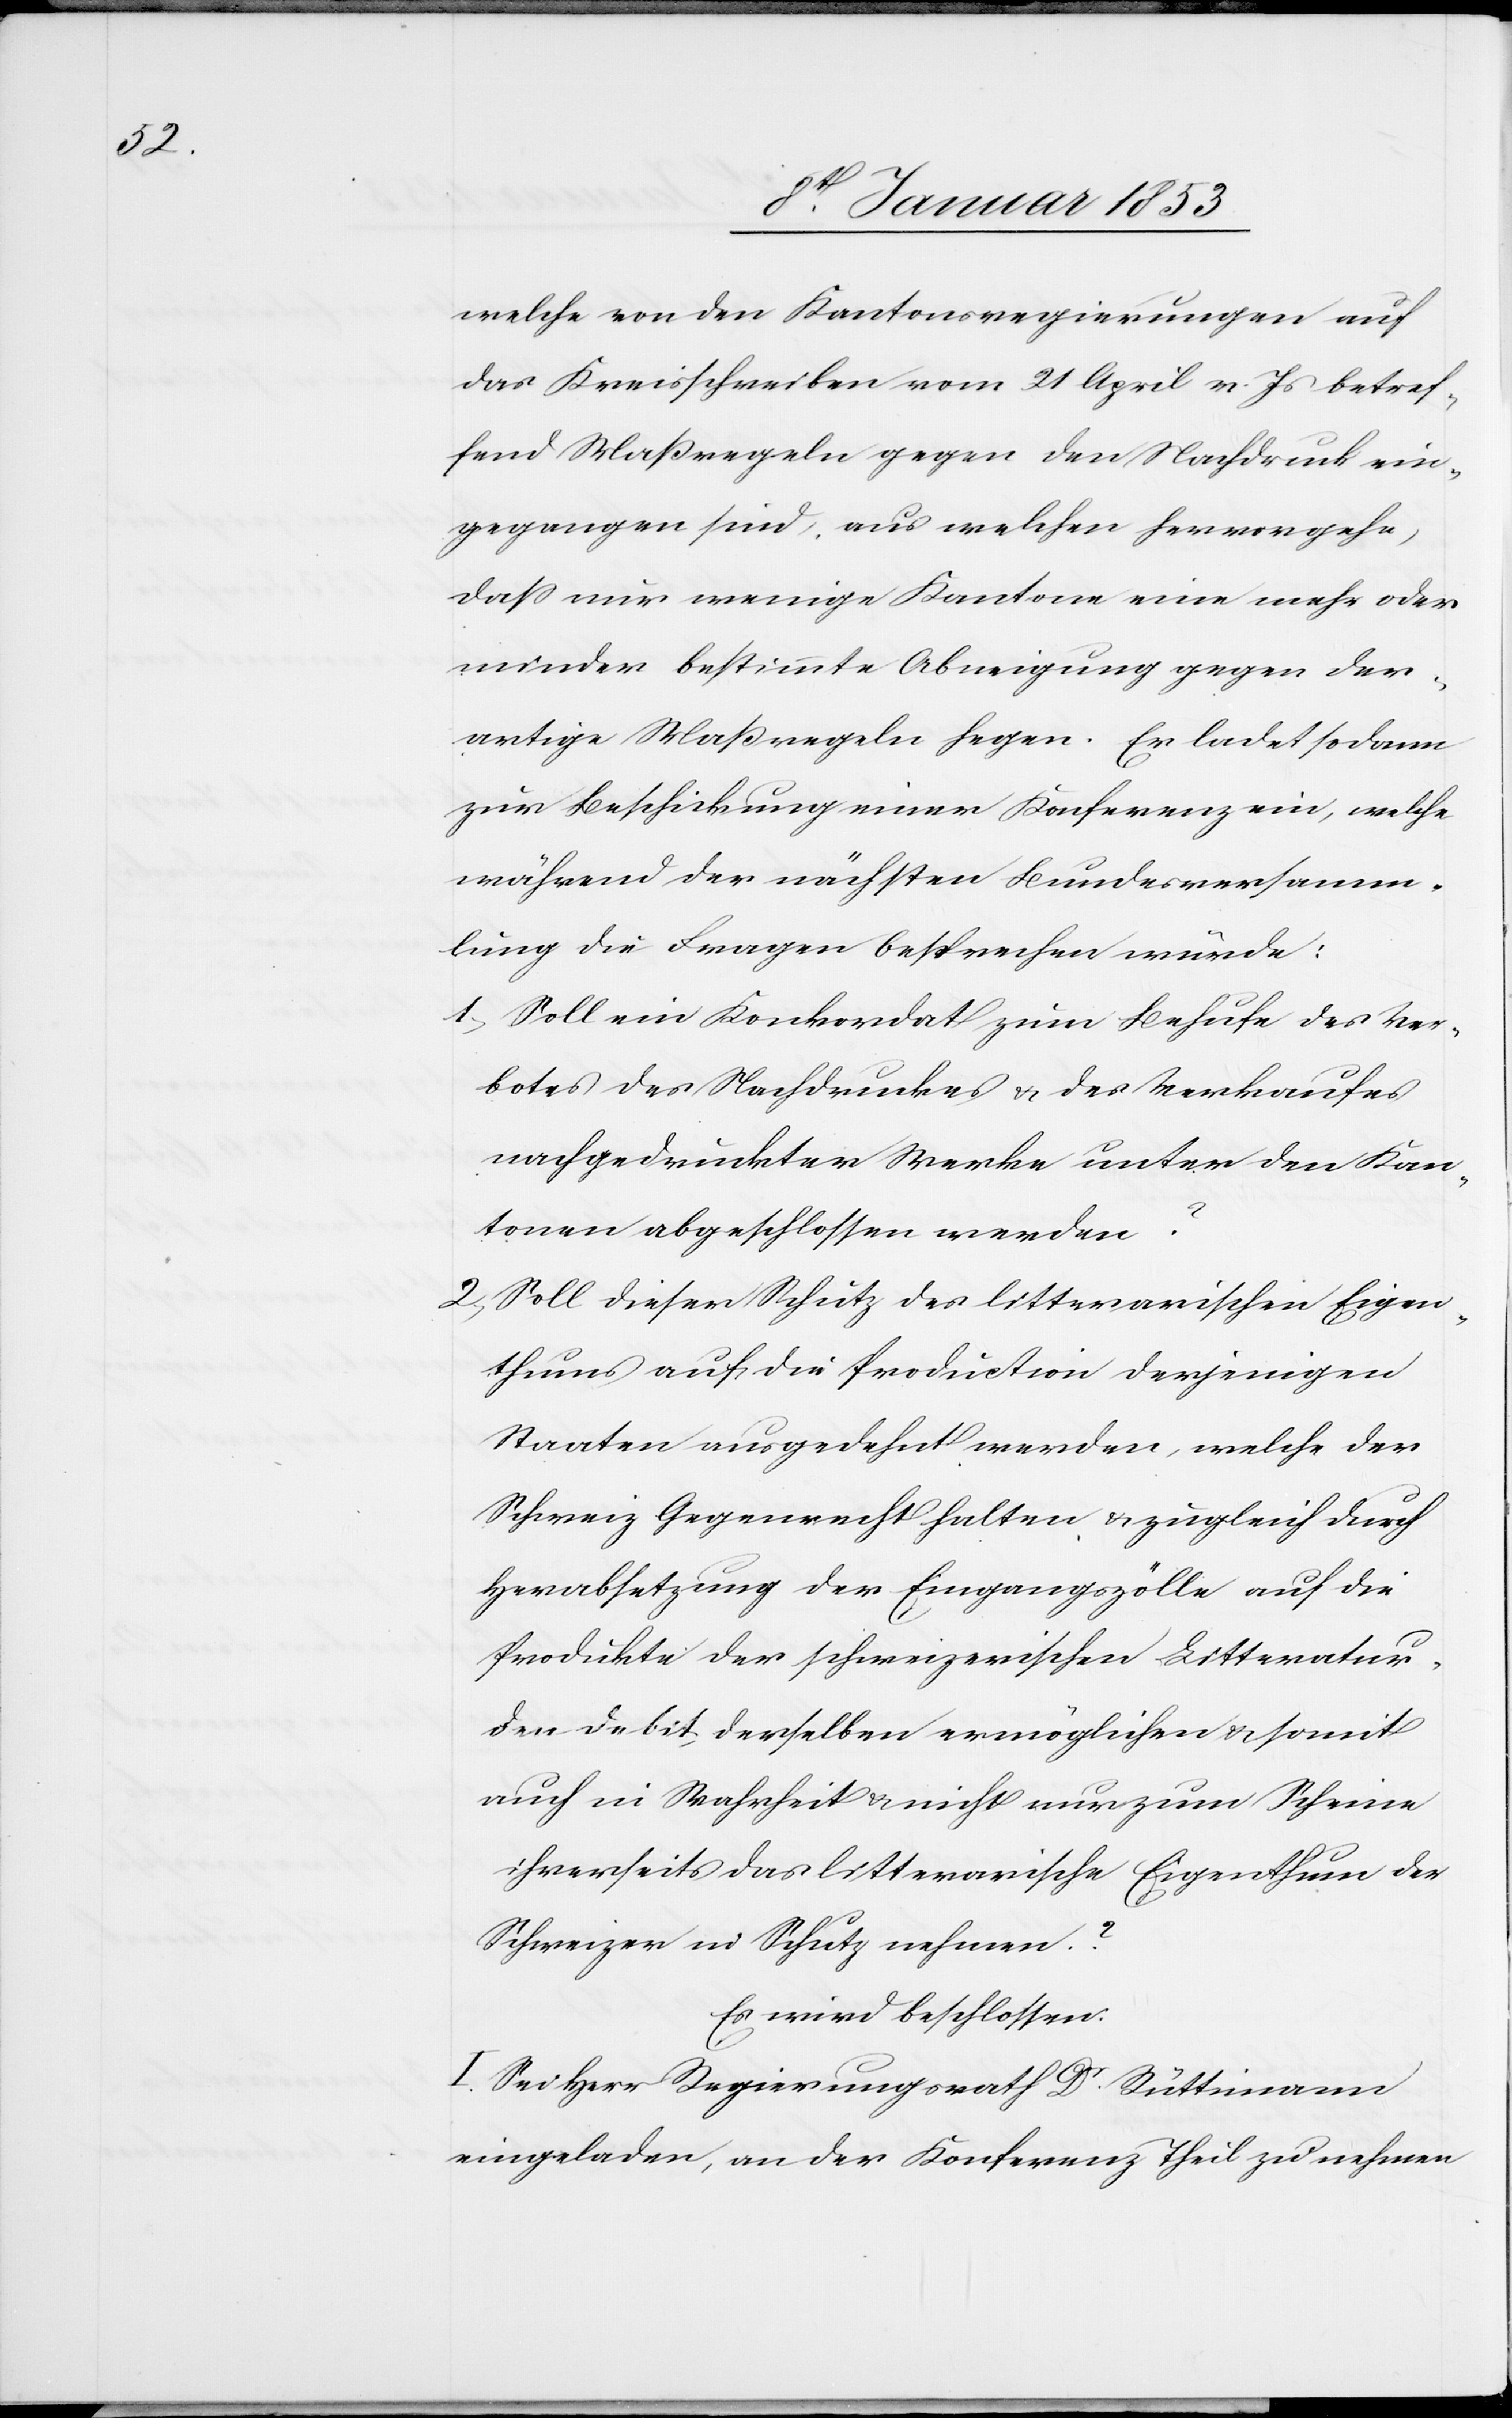
welche von den Kantonsregierungen auf
das Kreisschreiben vom 21 April v. Js. betref¬
fend Maßregeln gegen den Nachdruck ein¬
gegangen sind, aus welchen hervorgehe,
daß nur wenige Kantone eine mehr oder
weniger bestimmte Abneigung gegen der¬
artige Maßregeln hegen. Er ladet sodann
zur Beschickung einer Konferenz ein, welche
während der nächsten Bundesversamm¬
lung die Fragen besprechen würde:
1. Soll ein Konkordat zum Behufe des Ver¬
botes des Nachdruckes u. des Verkaufes
nachgedruckter Werke unter den un¬
Kantonen abgeschlossen werden?
ter
2. Soll dieser Schlitz des litterarischen Eigen¬
thums auf die Prodiction derjenigen
Staaten ausgedehnt werden, welche der
Schweiz Gegenrecht halten, u. zugleich durch
Herabsetzung der Eingangszölle auf die
Produkte der schweizerischen Litteratur
den Debit derselben ermöglichen u. somit
auch in Wahrheit nicht nur zum Scheine
ihrerseits das litterarische Eigenthum der
Schweizer in Schutz nehmen?
Es wird beschlossen:
I. Sei Herr Regierungsrath Dr. Rüttimann
eingeladen, an der Konferenz Theil zu nehmen